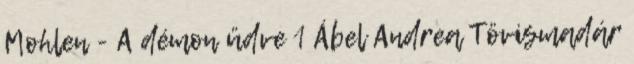
Mohlen - A démon üdve 1 Ábel Andrea Tövismadár